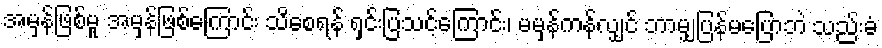
အမှန်ဖြစ်မူ အမှန်ဖြစ်ကြောင်း သိစေရန် ရှင်းပြသင့်ကြောင်း၊ မမှန်ကန်လျှင် ဘာမျှပြန်မပြောဘဲ သည်းခံ